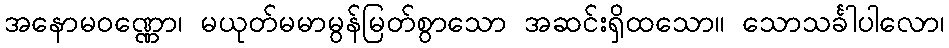
အနောမဝဏ္ဏော၊ မယုတ်မမာမွန်မြတ်စွာသော အဆင်းရှိထသော။ သောသင်္ခါပါလော၊